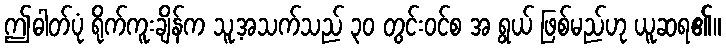
ဤဓါတ်ပုံ ရိုက်ကူးချိန်က သူ့အသက်သည် ၃၀ တွင်းဝင်စ အ ရွယ် ဖြစ်မည်ဟု ယူဆရ၏။